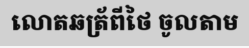
លោតឆត្រ័ពីថៃ ចូលតាម